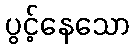
ပွင့်နေသော